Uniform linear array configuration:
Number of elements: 64
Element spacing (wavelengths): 0.25
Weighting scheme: kaiser
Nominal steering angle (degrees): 60
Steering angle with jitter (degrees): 58.573
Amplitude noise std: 0.05
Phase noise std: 0.05

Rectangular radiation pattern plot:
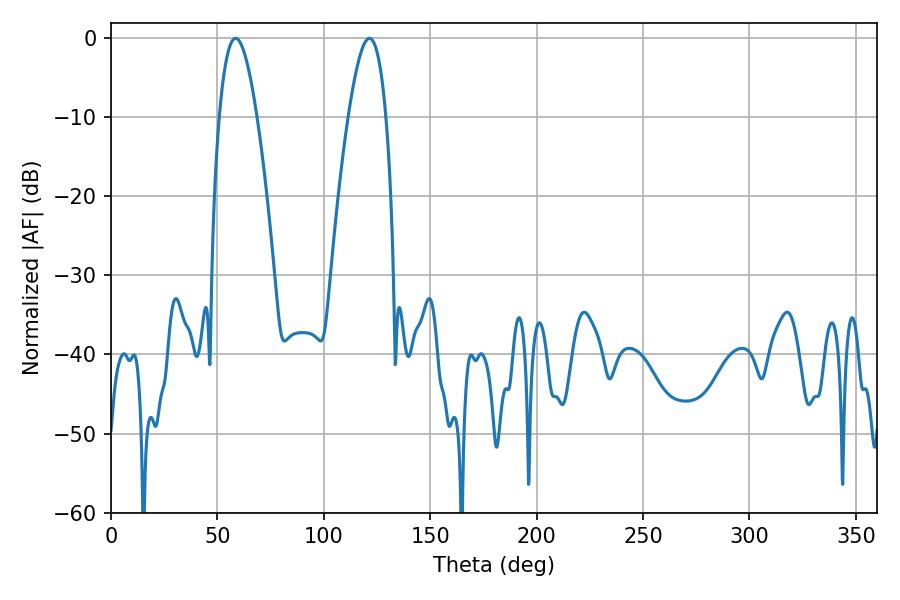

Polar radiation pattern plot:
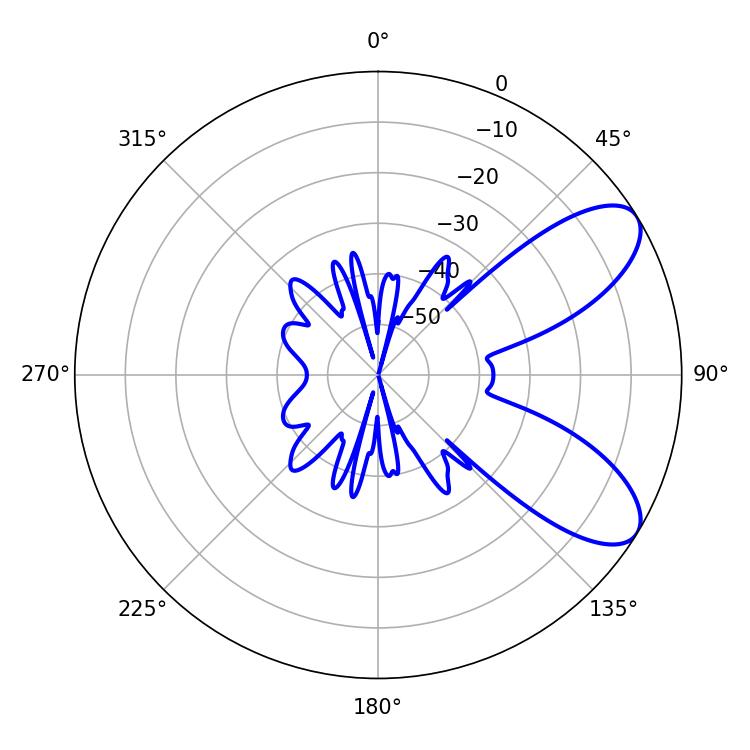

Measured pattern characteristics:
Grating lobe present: FALSE
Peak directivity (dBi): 8.067
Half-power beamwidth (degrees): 9.72
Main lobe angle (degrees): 58.5